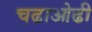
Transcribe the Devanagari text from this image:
चढाओढी